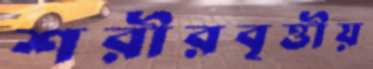
শরীরবৃত্তীয়